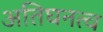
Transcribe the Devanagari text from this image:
अतिघनत्व